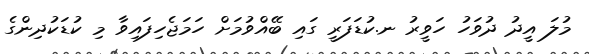
މުލަ އީދު ދުވަހު ހަވީރު ނ.ކުޑަފަރީ ގައި ބޭއްވުމަށް ހަމަޖެހިފައިވާ މި ކުޑަކުދިންގެ